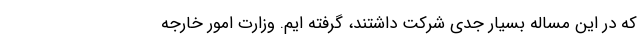
که در این مساله بسیار جدی شرکت داشتند، گرفته ایم. وزارت امور خارجه